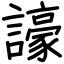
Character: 譹